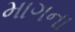
માગના